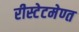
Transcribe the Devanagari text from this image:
रीस्टेटमेण्त